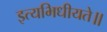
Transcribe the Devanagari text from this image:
इत्यभिधीयते॥